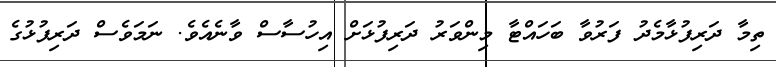
ތިމާ ދަރިފުޅާމެދު ފަރުވާ ބަހައްޓާ މިންވަރު ދަރިފުޅަށް އިހުސާސް ވާނެއެވެ. ނަމަވެސް ދަރިފުޅުގެ